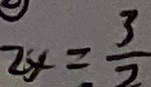
2 x = \frac { 3 } { 2 }